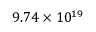
9 . 7 4 \times 1 0 ^ { 1 9 }